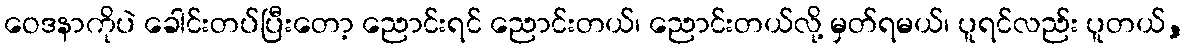
ဝေဒနာကိုပဲ ခေါင်းတပ်ပြီးတော့ ညောင်းရင် ညောင်းတယ်၊ ညောင်းတယ်လို့ မှတ်ရမယ်၊ ပူရင်လည်း ပူတယ်,